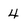
Character: 4